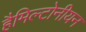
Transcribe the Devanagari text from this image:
हैमिल्टोनीयन